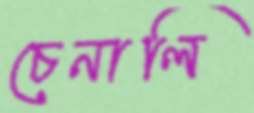
চেনালি